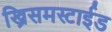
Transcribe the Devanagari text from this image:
ख्रिसमस्टाईड